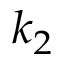
k _ { 2 }